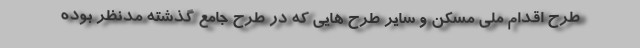
طرح اقدام ملی مسکن و سایر طرح هایی که در طرح جامع گذشته مدنظر بوده